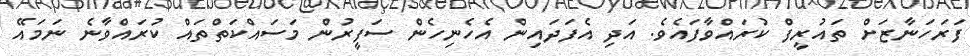
ފަރަހަނާޒަށް ތައުރީފް ކުރައްވާފައެވެ. އަދި އެފަދައިން އެހެނިހެން ސަފީރުން މަސައްކަތްތައް ކުރައްވާނެ ނަމައޭ